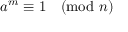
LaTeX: a ^ { m } \equiv 1 { \pmod { n } }